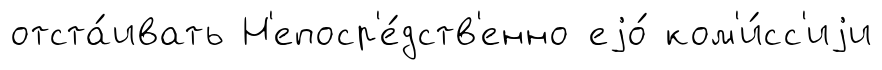
отста́ивать Н'епоср'е́дств'енно еjо́ ком'и́сс'иjи